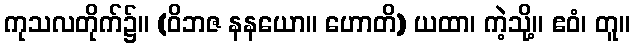
ကုသလတိုက်၌။ (ဝိဘဇ နနယော။ ဟောတိ) ယထာ၊ ကဲ့သို့။ ဧဝံ၊ တူ။